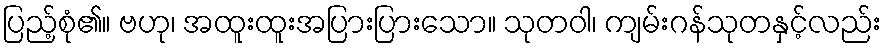
ပြည့်စုံ၏။ ဗဟု၊ အထူးထူးအပြားပြားသော။ သုတဝါ၊ ကျမ်းဂန်သုတနှင့်လည်း